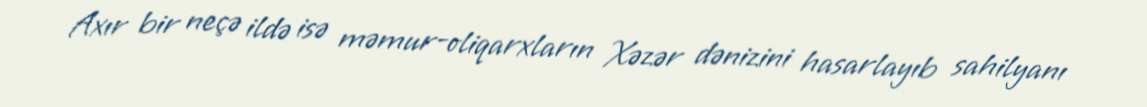
Axır bir neçə ildə isə məmur-oliqarxların Xəzər dənizini hasarlayıb sahilyanı